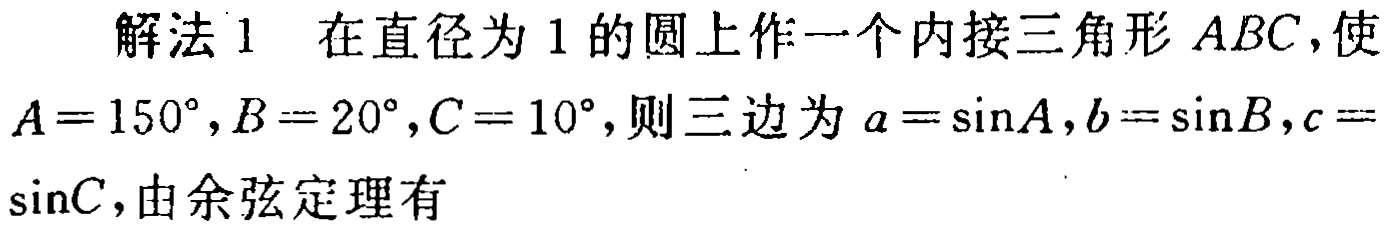
解法 1 在直径为 1 的圆上作一个内接三角形 \(ABC\)，使 \(A = 150^{\circ},B = 20^{\circ},C = 10^{\circ}\)，则三边为 \(a=\sin A,b = \sin B,c=\) \(\sin C\)，由余弦定理有